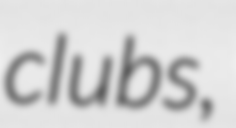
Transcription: clubs,